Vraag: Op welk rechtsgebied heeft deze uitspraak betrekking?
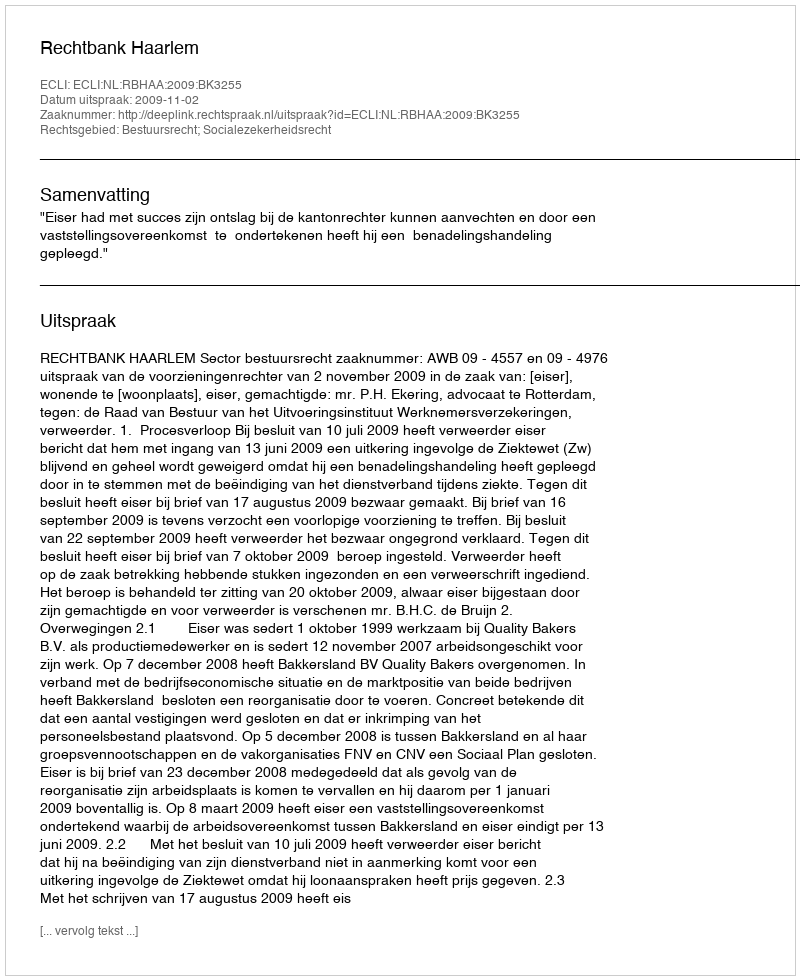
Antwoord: Bestuursrecht; Socialezekerheidsrecht